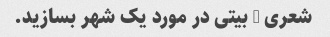
شعری 5 بیتی در مورد یک شهر بسازید.